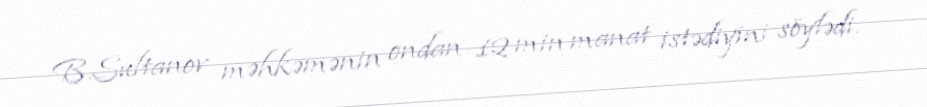
B.Sultanov məhkəmənin ondan 12 min manat istədiyini söylədi.